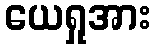
ယေရှုအား